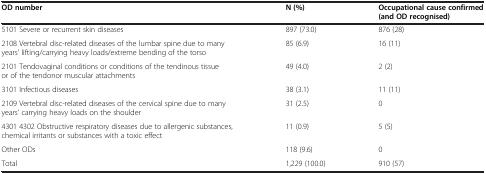
<table><thead><tr><td><b>OD number</b></td><td><b>N (%)</b></td><td><b>Occupational cause confirmed (and OD recognised)</b></td></tr></thead><tbody><tr><td>5101 Severe or recurrent skin diseases</td><td>897 (73.0)</td><td>876 (28)</td></tr><tr><td>2108 Vertebral disc-related diseases of the lumbar spine due to many years’ lifting/carrying heavy loads/extreme bending of the torso</td><td>85 (6.9)</td><td>16 (11)</td></tr><tr><td>2101 Tendovaginal conditions or conditions of the tendinous tissue or of the tendonor muscular attachments</td><td>49 (4.0)</td><td>2 (2)</td></tr><tr><td>3101 Infectious diseases</td><td>38 (3.1)</td><td>11 (11)</td></tr><tr><td>2109 Vertebral disc-related diseases of the cervical spine due to many years’ carrying heavy loads on the shoulder</td><td>31 (2.5)</td><td>0</td></tr><tr><td>4301 4302 Obstructive respiratory diseases due to allergenic substances, chemical irritants or substances with a toxic effect</td><td>11 (0.9)</td><td>5 (5)</td></tr><tr><td>Other ODs</td><td>118 (9.6)</td><td>0</td></tr><tr><td>Total</td><td>1,229 (100.0)</td><td>910 (57)</td></tr></tbody></table>